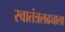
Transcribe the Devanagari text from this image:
स्वातंत्रलढ्याला